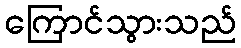
ကြောင်သွားသည်